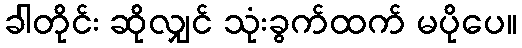
ခါတိုင်း ဆိုလျှင် သုံးခွက်ထက် မပိုပေ။